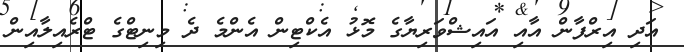
އަދި އިރްފާން އާއި އައިޝްވަރިޔާގެ މޮޅު އެކްޓިން އެންމެ ދެ މިނިޓްގެ ޓްރެއިލާއިން